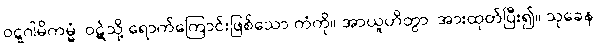
ဝဋ္ဋဂါမိကမ္မံ၊ ဝဋ်သို့ ရောက်ကြောင်းဖြစ်သော ကံကို။ အာယူဟိတွာ၊ အားထုတ်ပြီး၍။ သုခေန၊